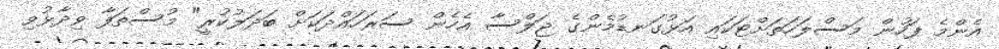
އެންމެ ފަހުން މަސްލަހަތަށްޓަކައި އަޅުގަނޑުމެންގެ ޖަލްސާ އެހެން ސަރަހައްދަކަށް ބަދަލުކުރީ" މުސްތަފާ ވިދާޅުވި